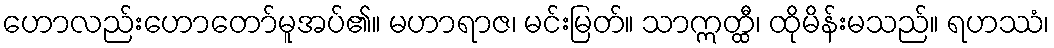
ဟောလည်းဟောတော်မူအပ်၏။ မဟာရာဇ၊ မင်းမြတ်။ သာဣတ္ထီ၊ ထိုမိန်းမသည်။ ရဟဿံ၊